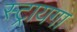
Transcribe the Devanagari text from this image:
स्ट्रायगा